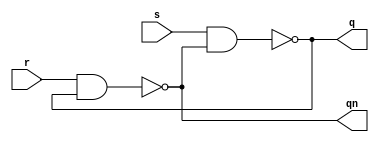
// a RS(reset-set) latch
module rs_latch (s, r, q, qn);
	
	input r, s;
	output q, qn;
	
	nand nand1 (q, s, qn);
	nand nand2 (qn, r, q);
	
endmodule